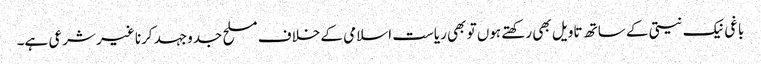
باغی نیک نیتی کے ساتھ تاویل بھی رکھتے ہوں تو بھی ریاست اسلامی کے خلاف مسلح جدوجہد کرنا غیر شرعی ہے۔